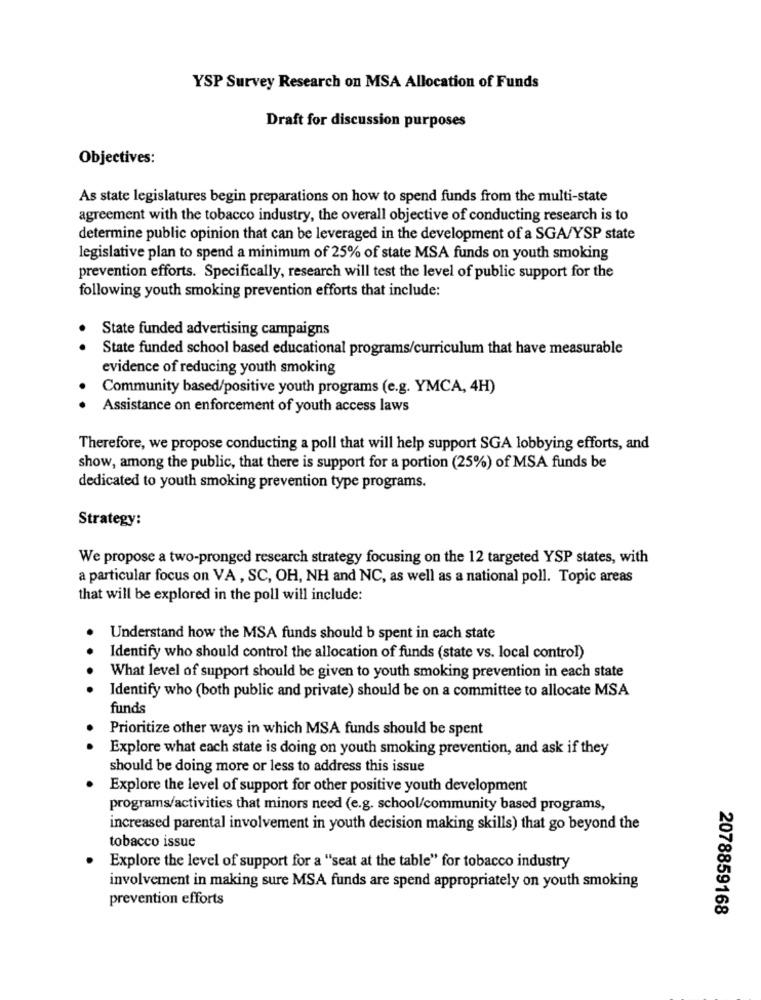
YSP Survey Research on MSA Allocation of Funds
Draft for discussion purposes
Objectives:
As state legislatures begin preparations on how to spend funds from the multi-state
agreement with the tobacco industry, the overall objective of conducting research is to
determine public opinion that can be leveraged in the development of a SGA/YSP state
legislative plan to spend a minimum of 25% of state MSA funds on youth smoking
prevention efforts. Specifically, research will test the level of public support for the
following youth smoking prevention efforts that include:
State funded advertising campaigns
State funded school based educational programs/curriculum that have measurable
evidence of reducing youth smoking
Community based/positive youth programs (e.g. YMCA, 4H)
Assistance on enforcement of youth access laws
Therefore, we propose conducting a poll that will help support SGA lobbying efforts, and
show, among the public, that there is support for a portion (25%) of MSA funds be
dedicated to youth smoking prevention type programs.
Strategy:
We propose a two-pronged research strategy focusing on the 12 targeted YSP states, with
a particular focus on VA, SC, OH, NH and NC, as well as a national poll. Topic areas
that will be explored in the poll will include:
Understand how the MSA funds should b spent in each state
Identify who should control the allocation of funds (state vs. local control)
...
What level of support should be given to youth smoking prevention in each state
Identify who (both public and private) should be on a committee to allocate MSA
funds
Prioritize other ways in which MSA funds should be spent
. .
Explore what each state is doing on youth smoking prevention, and ask if they
should be doing more or less to address this issue
Explore the level of support for other positive youth development
programs/activities that minors need (e.g. school/community based programs,
increased parental involvement in youth decision making skills) that go beyond the
tobacco issue
Explore the level of support for a ""seat at the table" for tobacco industry
involvement in making sure MSA funds are spend appropriately on youth smoking
prevention efforts
2078859168